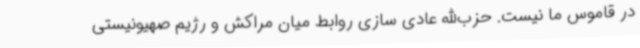
در قاموس ما نیست. حزب‌الله عادی سازی روابط میان مراکش و رژیم صهیونیستی